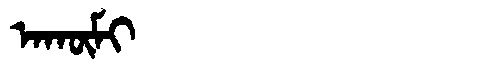
Manchu: ᠠᡴᡡᠮᡳ
Romanization: AKŪMI